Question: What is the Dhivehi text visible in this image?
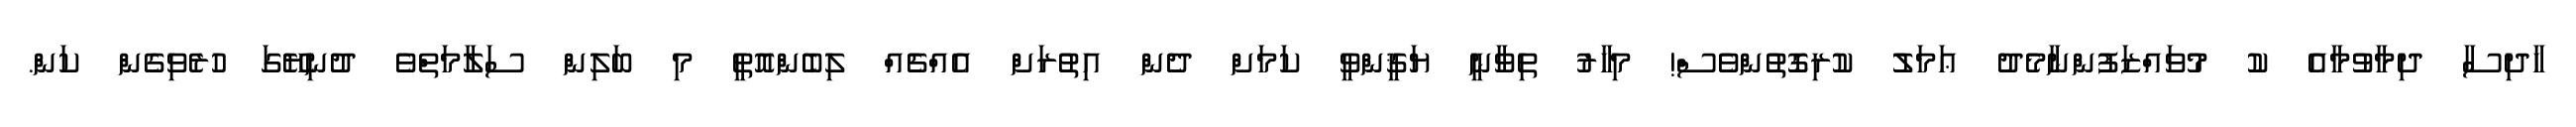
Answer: ހާދިސާ ދިމާވުމާއެ ކު މުވައްޒަފުންނާމެދު ޢަމަލު ކުރިގޮތުންވެސް! މިހާރު ތިވާނީ ޔަޤީންވީ ކަމަށް ދެން އިތުރަށް އެއްޗެއް ލިބެންއޮތީ މި ބަލިން ސަލާމަތްވެ ދުނިޔޭގަ ހުރެވިގެން ކަން.